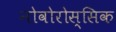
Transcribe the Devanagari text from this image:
नोवोरोस्सिक